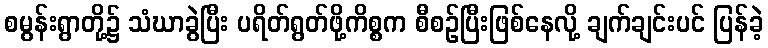
စမွန်းရွာတို့၌ သံဃာခွဲပြီး ပရိတ်ရွတ်ဖို့ကိစ္စက စီစဉ်ပြီးဖြစ်နေလို့ ချက်ချင်းပင် ပြန်ခဲ့